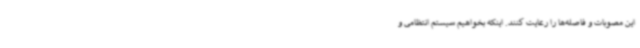
این مصوبات و فاصله‌ها را رعایت کنند. اینکه بخواهیم سیستم انتظامی و